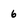
Character: 6